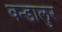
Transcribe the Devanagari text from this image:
वन्डालुर